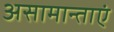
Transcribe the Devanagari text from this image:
असामान्ताएं